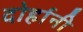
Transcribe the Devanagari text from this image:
दोर्हानी